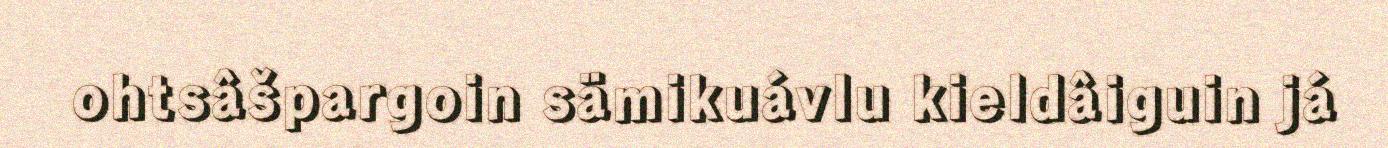
ohtsâšpargoin sämikuávlu kieldâiguin já